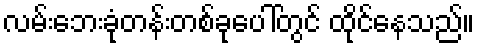
လမ်းဘေးခုံတန်းတစ်ခုပေါ်တွင် ထိုင်နေသည်။